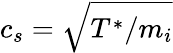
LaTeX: c_{s}=\sqrt{T^{*}/m_{i}}